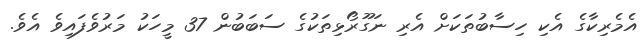
އެމެރިކާގެ އެކި ހިސާބުތަކަށް އެރި ނަގޫރޯޅިތަކުގެ ސަބަބުން 37 މީހަކު މަރުވެފައިވެ އެވެ.